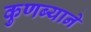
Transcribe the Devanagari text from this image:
कुणब्याने